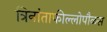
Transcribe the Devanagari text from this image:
त्रिनांताफील्लोपौळस